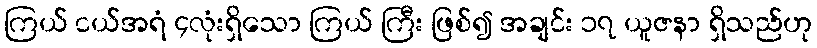
ကြယ် ငယ်အရံ ၄လုံးရှိသော ကြယ် ကြီး ဖြစ်၍ အချင်း ၁၇ ယူဇနာ ရှိသည်ဟု